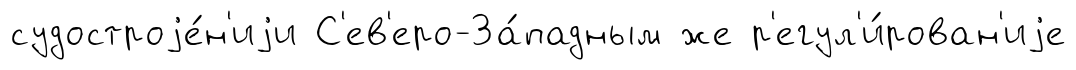
судостроjе́н'иjи С'ев'еро-За́падным же р'егул'и́рован'иjе